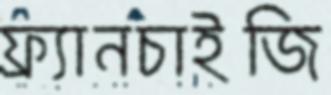
ফ্র্যানচাইজি